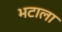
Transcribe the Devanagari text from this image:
भटाला